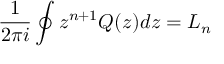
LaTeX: \frac { 1 } { 2 \pi i } \oint z ^ { n + 1 } Q ( z ) d z = L _ { n }